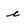
Character: e